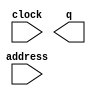
// megafunction wizard: %ROM: 1-PORT%VBB%
// GENERATION: STANDARD
// VERSION: WM1.0
// MODULE: altsyncram 

// ============================================================
// Megafunction Name(s):
// 			altsyncram
//
// Simulation Library Files(s):
// 			altera_mf
// ============================================================
// ************************************************************
// THIS IS A WIZARD-GENERATED FILE. DO NOT EDIT THIS FILE!
//
// 12.1 Build 177 11/07/2012 SJ Full Version
// ************************************************************

//Copyright (C) 1991-2012 Altera Corporation
//Your use of Altera Corporation's design tools, logic functions 
//and other software and tools, and its AMPP partner logic 
//functions, and any output files from any of the foregoing 
//(including device programming or simulation files), and any 
//associated documentation or information are expressly subject 
//to the terms and conditions of the Altera Program License 
//Subscription Agreement, Altera MegaCore Function License 
//Agreement, or other applicable license agreement, including, 
//without limitation, that your use is for the sole purpose of 
//programming logic devices manufactured by Altera and sold by 
//Altera or its authorized distributors.  Please refer to the 
//applicable agreement for further details.

module init_fifo (
	address,
	clock,
	q);

	input	[8:0]  address;
	input	  clock;
	output	[11:0]  q;
`ifndef ALTERA_RESERVED_QIS
// synopsys translate_off
`endif
	tri1	  clock;
`ifndef ALTERA_RESERVED_QIS
// synopsys translate_on
`endif

endmodule

// ============================================================
// CNX file retrieval info
// ============================================================
// Retrieval info: PRIVATE: ADDRESSSTALL_A NUMERIC "0"
// Retrieval info: PRIVATE: AclrAddr NUMERIC "0"
// Retrieval info: PRIVATE: AclrByte NUMERIC "0"
// Retrieval info: PRIVATE: AclrOutput NUMERIC "0"
// Retrieval info: PRIVATE: BYTE_ENABLE NUMERIC "0"
// Retrieval info: PRIVATE: BYTE_SIZE NUMERIC "8"
// Retrieval info: PRIVATE: BlankMemory NUMERIC "0"
// Retrieval info: PRIVATE: CLOCK_ENABLE_INPUT_A NUMERIC "0"
// Retrieval info: PRIVATE: CLOCK_ENABLE_OUTPUT_A NUMERIC "0"
// Retrieval info: PRIVATE: Clken NUMERIC "0"
// Retrieval info: PRIVATE: IMPLEMENT_IN_LES NUMERIC "0"
// Retrieval info: PRIVATE: INIT_FILE_LAYOUT STRING "PORT_A"
// Retrieval info: PRIVATE: INIT_TO_SIM_X NUMERIC "0"
// Retrieval info: PRIVATE: INTENDED_DEVICE_FAMILY STRING "Arria II GX"
// Retrieval info: PRIVATE: JTAG_ENABLED NUMERIC "0"
// Retrieval info: PRIVATE: JTAG_ID STRING "NONE"
// Retrieval info: PRIVATE: MAXIMUM_DEPTH NUMERIC "0"
// Retrieval info: PRIVATE: MIFfilename STRING "init_fifo.hex"
// Retrieval info: PRIVATE: NUMWORDS_A NUMERIC "512"
// Retrieval info: PRIVATE: RAM_BLOCK_TYPE NUMERIC "0"
// Retrieval info: PRIVATE: RegAddr NUMERIC "1"
// Retrieval info: PRIVATE: RegOutput NUMERIC "1"
// Retrieval info: PRIVATE: SYNTH_WRAPPER_GEN_POSTFIX STRING "0"
// Retrieval info: PRIVATE: SingleClock NUMERIC "1"
// Retrieval info: PRIVATE: UseDQRAM NUMERIC "0"
// Retrieval info: PRIVATE: WidthAddr NUMERIC "9"
// Retrieval info: PRIVATE: WidthData NUMERIC "12"
// Retrieval info: PRIVATE: rden NUMERIC "0"
// Retrieval info: LIBRARY: altera_mf altera_mf.altera_mf_components.all
// Retrieval info: CONSTANT: ADDRESS_ACLR_A STRING "NONE"
// Retrieval info: CONSTANT: CLOCK_ENABLE_INPUT_A STRING "BYPASS"
// Retrieval info: CONSTANT: CLOCK_ENABLE_OUTPUT_A STRING "BYPASS"
// Retrieval info: CONSTANT: INIT_FILE STRING "init_fifo.hex"
// Retrieval info: CONSTANT: INTENDED_DEVICE_FAMILY STRING "Arria II GX"
// Retrieval info: CONSTANT: LPM_HINT STRING "ENABLE_RUNTIME_MOD=NO"
// Retrieval info: CONSTANT: LPM_TYPE STRING "altsyncram"
// Retrieval info: CONSTANT: NUMWORDS_A NUMERIC "512"
// Retrieval info: CONSTANT: OPERATION_MODE STRING "ROM"
// Retrieval info: CONSTANT: OUTDATA_ACLR_A STRING "NONE"
// Retrieval info: CONSTANT: OUTDATA_REG_A STRING "CLOCK0"
// Retrieval info: CONSTANT: WIDTHAD_A NUMERIC "9"
// Retrieval info: CONSTANT: WIDTH_A NUMERIC "12"
// Retrieval info: CONSTANT: WIDTH_BYTEENA_A NUMERIC "1"
// Retrieval info: USED_PORT: address 0 0 9 0 INPUT NODEFVAL "address[8..0]"
// Retrieval info: USED_PORT: clock 0 0 0 0 INPUT VCC "clock"
// Retrieval info: USED_PORT: q 0 0 12 0 OUTPUT NODEFVAL "q[11..0]"
// Retrieval info: CONNECT: @address_a 0 0 9 0 address 0 0 9 0
// Retrieval info: CONNECT: @clock0 0 0 0 0 clock 0 0 0 0
// Retrieval info: CONNECT: q 0 0 12 0 @q_a 0 0 12 0
// Retrieval info: GEN_FILE: TYPE_NORMAL init_fifo.v TRUE
// Retrieval info: GEN_FILE: TYPE_NORMAL init_fifo.inc FALSE
// Retrieval info: GEN_FILE: TYPE_NORMAL init_fifo.cmp FALSE
// Retrieval info: GEN_FILE: TYPE_NORMAL init_fifo.bsf FALSE
// Retrieval info: GEN_FILE: TYPE_NORMAL init_fifo_inst.v FALSE
// Retrieval info: GEN_FILE: TYPE_NORMAL init_fifo_bb.v TRUE
// Retrieval info: LIB_FILE: altera_mf